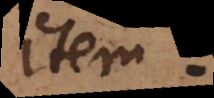
item